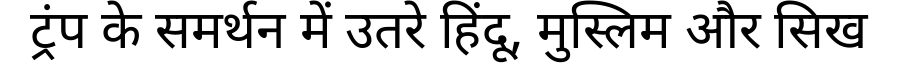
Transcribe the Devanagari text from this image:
ट्रंप के समर्थन में उतरे हिंदू, मुस्लिम और सिख